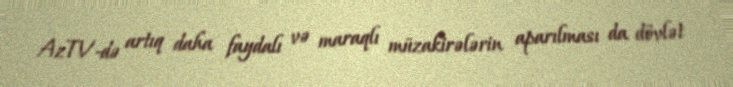
AzTV-də artıq daha faydalı və maraqlı müzakirələrin aparılması da dövlət